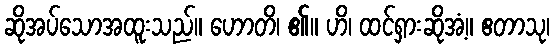
ဆိုအပ်သောအထူးသည်။ ဟောတိ၊ ၏။ ဟိ၊ ထင်ရှားဆိုအံ့။ ဧတာသု၊